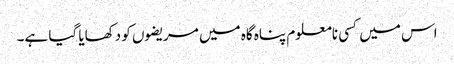
اس میں کسی نامعلوم پناہ گاہ میں مریضوں کو دکھایا گیا ہے۔